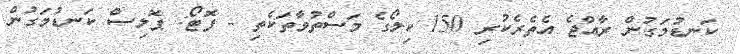
ކަނޑުމަގުން ރާއްޖެ އެތެރެކުރި 150 ކިލޯގެ މަސްތުވާތަކެތި - ފޮޓޯ: ޕޮލިސް ކަނޑުމަގުން